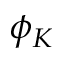
\phi _ { K }